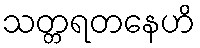
သတ္တရတနေဟိ